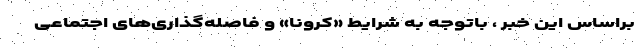
براساس این خبر ، باتوجه به شرایط «کرونا» و فاصله‌گذاری‌های اجتماعی